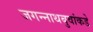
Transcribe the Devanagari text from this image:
जगन्नाथबुवांकडे